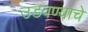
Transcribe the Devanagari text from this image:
उडवण्याचे